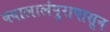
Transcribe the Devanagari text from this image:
क्वालालंपुरापासून